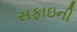
સફાઇની